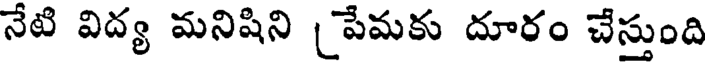
నేటి విద్య మనిషిని పేమకు దూరం చేస్తుంది